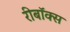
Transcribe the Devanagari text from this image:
रीबॉक्स